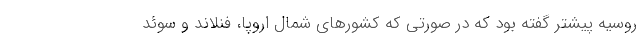
روسیه پیشتر گفته بود که در صورتی که کشورهای شمال اروپا، فنلاند و سوئد